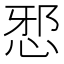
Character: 𭜺